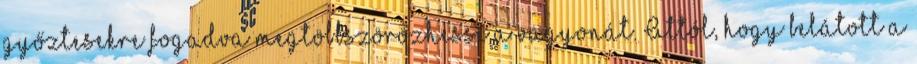
győztesekre fogadva megtöbbszörözhesse a vagyonát. Attól, hogy belátott a